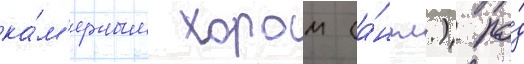
ка́м'ерным хором (а́нгл.) по́д